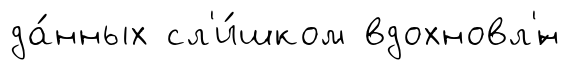
да́нных сл'и́шком вдохновл'́н